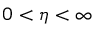
0 < \eta < \infty